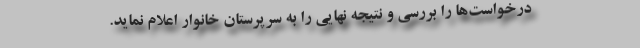
درخواست‌ها را بررسی و نتیجه نهایی را به سرپرستان خانوار اعلام نماید.